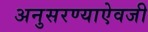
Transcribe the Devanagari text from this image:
अनुसरण्‍याऐवजी